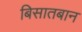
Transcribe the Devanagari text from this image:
बिसातबान